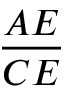
\frac { A E } { C E }